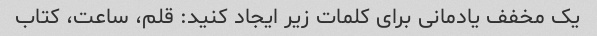
یک مخفف یادمانی برای کلمات زیر ایجاد کنید: قلم، ساعت، کتاب